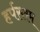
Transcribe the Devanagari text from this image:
हर्पस्तम